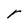
Character: r